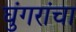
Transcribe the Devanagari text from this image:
घुंगरांचा